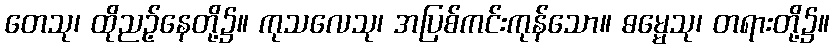
တေသု၊ ထိုညဉ့်နေတို့၌။ ကုသလေသု၊ အပြစ်ကင်းကုန်သော။ ဓမ္မေသု၊ တရားတို့၌။